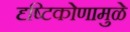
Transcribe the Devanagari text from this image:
दृष्टिकोणामुळे